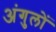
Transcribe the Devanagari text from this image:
अंगुलों